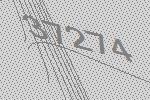
37274